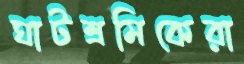
ঘাটশ্রমিকেরা